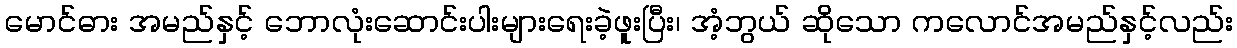
မောင်ဓား အမည်နှင့် ဘောလုံးဆောင်းပါးများရေးခဲ့ဖူးပြီး၊ အံ့ဘွယ် ဆိုသော ကလောင်အမည်နှင့်လည်း